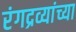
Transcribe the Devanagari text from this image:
रंगद्रव्यांच्या